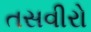
તસવીરો